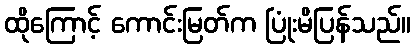
ထိုကြောင့် ကောင်းမြတ်က ပြုံးမိပြန်သည်။